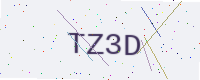
Text: TZ3D